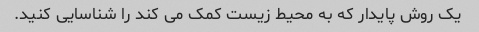
یک روش پایدار که به محیط زیست کمک می کند را شناسایی کنید.